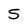
Character: 5